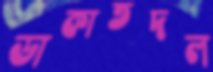
ডাকাতদল